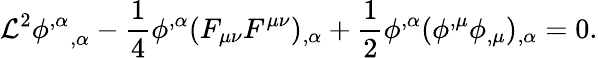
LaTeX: {\cal\mathcal{L}}^{2}{\phi^{,\alpha}}_{,\alpha}-\frac{1}{4}\phi^{,\alpha}(F_{\mu\nu}F^{\mu\nu})_{,\alpha}+\frac{1}{2}\phi^{,\alpha}(\phi^{,\mu}\phi_{,\mu})_{,\alpha}=0.